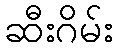
ဆီးဂိမ်း